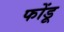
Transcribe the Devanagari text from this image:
फोंडू